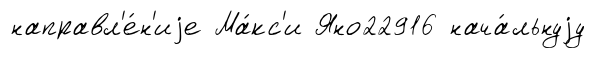
направл'е́н'иjе Ма́кс'и Яно22916 нача́льнуjу